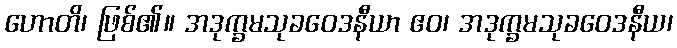
ဟောတိ၊ ဖြစ်၏။ အဒုက္ခမသုခဝေဒနီယာ ဧဝ၊ အဒုက္ခမသုခဝေဒနီယ၊